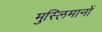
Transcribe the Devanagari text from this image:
मुस्लिमानों